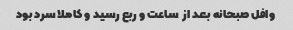
وافل صبحانه بعد از  ساعت و ربع رسید و کاملا سرد بود